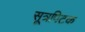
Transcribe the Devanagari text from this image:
सूत्रपिटक